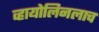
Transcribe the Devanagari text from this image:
व्हायोलिनलाच